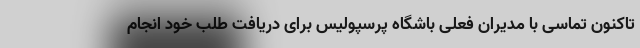
تاکنون تماسی با مدیران فعلی باشگاه پرسپولیس برای دریافت طلب خود انجام